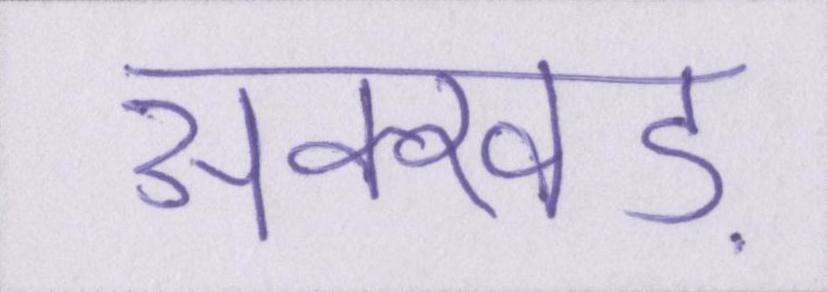
अक्खड़